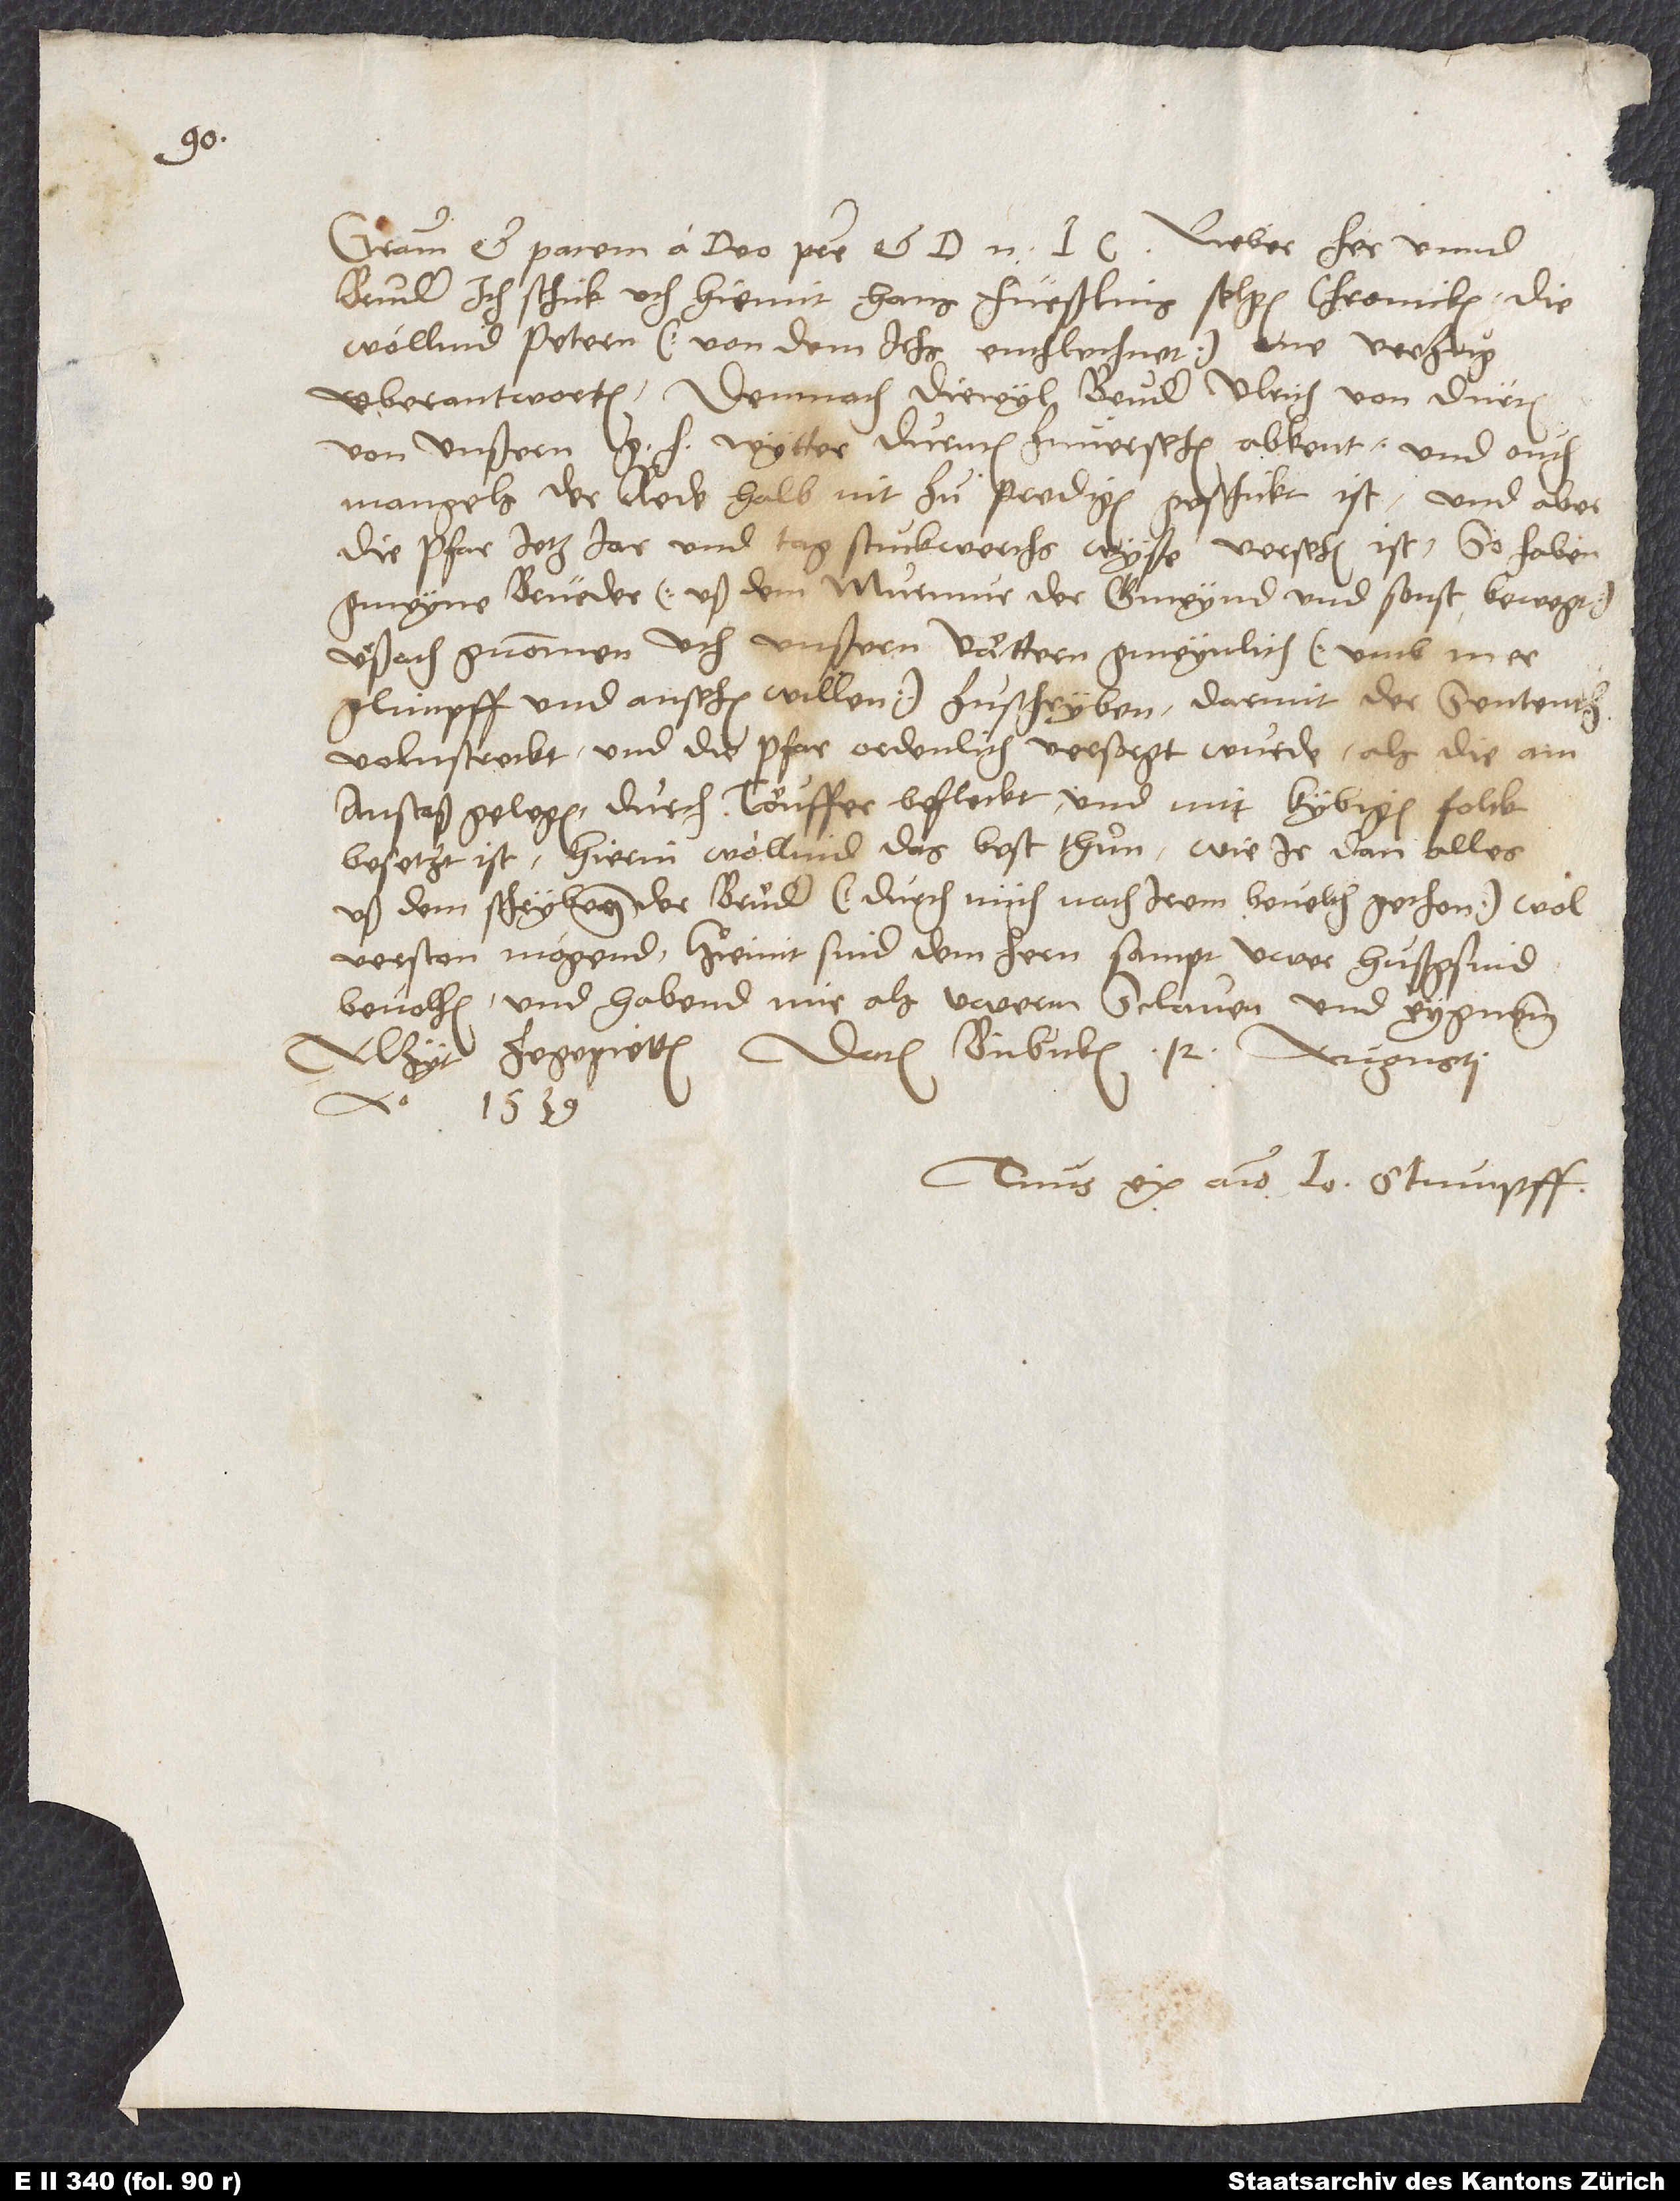
Gratiam et pacem a deo patre et d. Lieber her unnd
bruder, ich schick uch hiemit Hans Füeßlins selgen chronicken; die
wöllind Petern (von dem ichs enthlechnet) one verzug
überantworten. Demnach, diewyl bruder Ulrich von Dürten
von unßern g wytter Durnten zu versehen abkent und ouch
mangels der rede halb nit zu predigen geschickt ist, und aber
die pfar jetz jar und tag stuckwerchs wyße versehen ist, so haben
gmeyne brüeder (uß dem murmur der gmeynd und sonst bewegt)
urßach gnommen, uch unßern vättern gmeynlich (umb mer
glimpff und ansehen willen) zu schryben, darmit der sententz
volnstreckt und die pfar ordenlich versorgt wurde, als die am
anstoß gelegen, durch töuffer befleckt und mit kybigem folck
besetzt ist. Hierin wöllind das best thuͦn, wie ir dan alles
uß dem schryben der bruͤder (durch mich nach irem bevelch gethon) wol
verston mögend. Hiemit sind dem hern sampt uwer hußgsind
bevolhen, und habend mir als uwerm sclaven und eygnenn
alzyt ze gepietten. Datum Bubicken, 12. augusti
anno 1539.
Tuus ex animo Io. Stumpff.